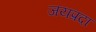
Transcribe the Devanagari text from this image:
जयप्रदा